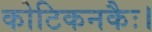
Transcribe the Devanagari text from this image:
कोटिकनकैः।